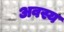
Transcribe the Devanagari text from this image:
अवस्य